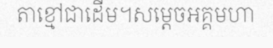
តាខ្មៅជាដើម។សម្តេចអគ្គមហា